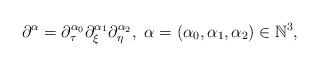
LaTeX: \begin{align*}\partial^\alpha=\partial^{\alpha_0}_\tau\partial^{\alpha_1}_\xi\partial^{\alpha_2}_\eta, ~\alpha=(\alpha_0, \alpha_1, \alpha_2)\in\mathbb{N}^3,\end{align*}